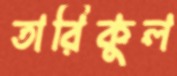
তারিকুল